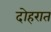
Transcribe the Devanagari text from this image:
दोहरात